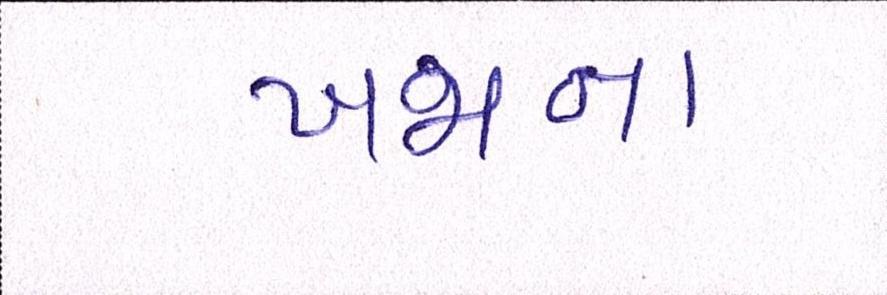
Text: ખજાના